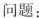
问题：